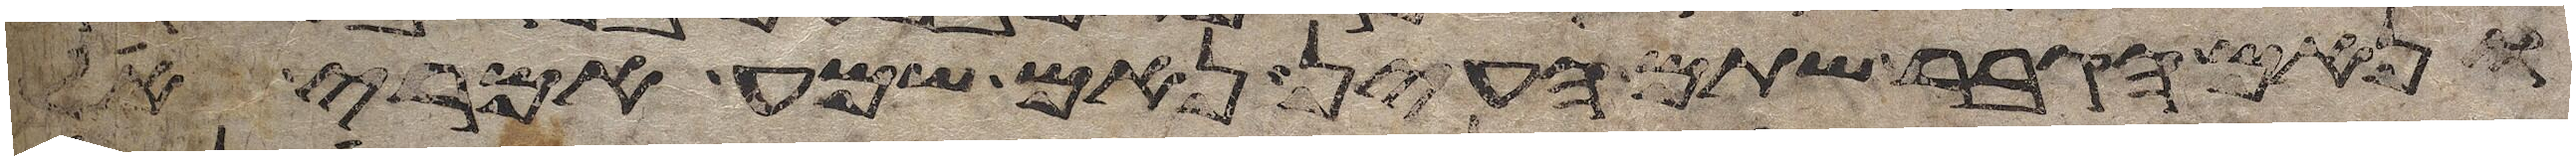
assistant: ונאם הגבר שתם העין נאם שמע אמרי אל